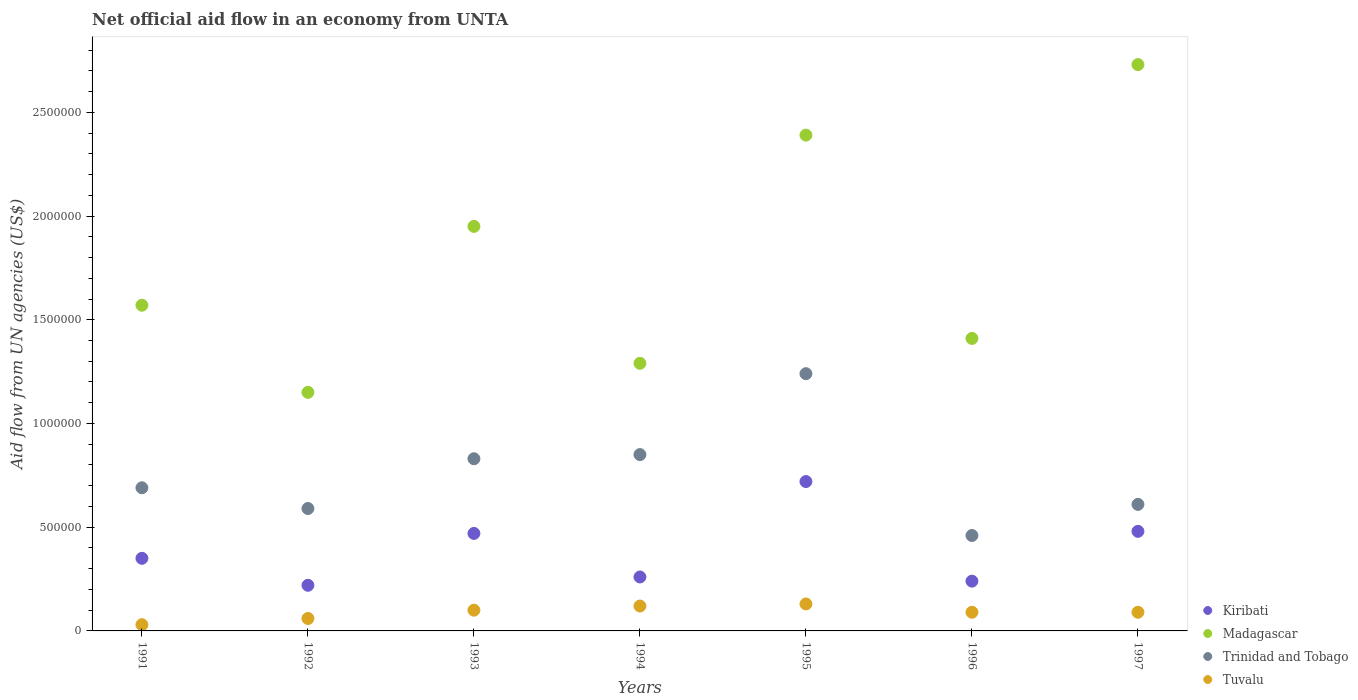
| Years | Kiribati | Madagascar | Trinidad and Tobago | Tuvalu |
 | --- | --- | --- | --- | --- |
 | 1991 | 3.5e+05 | 1.57e+06 | 6.9e+05 | 3e+04 |
 | 1992 | 2.2e+05 | 1.15e+06 | 5.9e+05 | 6e+04 |
 | 1993 | 4.7e+05 | 1.95e+06 | 8.3e+05 | 1e+05 |
 | 1994 | 2.6e+05 | 1.29e+06 | 8.5e+05 | 1.2e+05 |
 | 1995 | 7.2e+05 | 2.39e+06 | 1.24e+06 | 1.3e+05 |
 | 1996 | 2.4e+05 | 1.41e+06 | 4.6e+05 | 9e+04 |
 | 1997 | 4.8e+05 | 2.73e+06 | 6.1e+05 | 9e+04 |